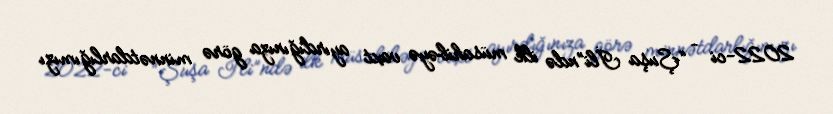
2022-ci – “Şuşa İli”ndə ilk müsahibəyə vaxt ayırdığınıza görə minnətdarlığımızı